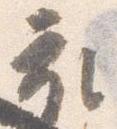
衣